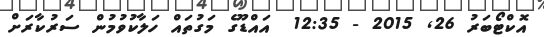
އޮކްޓޯބަރު 26